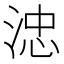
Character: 𣷡